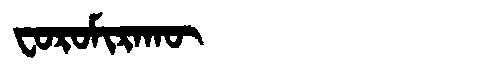
Manchu: ᠸᠣᡵᠣᠮᡳᡵᠠᡴᡡ
Romanization: FOROMIRAKŪ